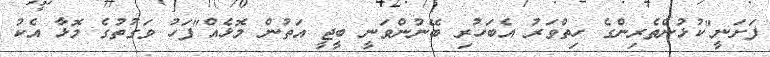
ފަށަނީ"ކުޅުންތެރިންގެ ހިތްވަރު އެބަހުރި ބޭނުންވަނީ ބީޖީ އަތުން މޮޅެއް"ފަހު ވަގުތުގެ މޮޅާ އެކު